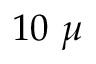
1 0 \ \mu